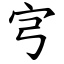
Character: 宆